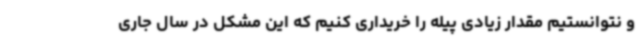
و نتوانستیم مقدار زیادی پیله را خریداری کنیم که این مشکل در سال جاری